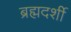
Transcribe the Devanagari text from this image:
ब्रह्मदर्शी